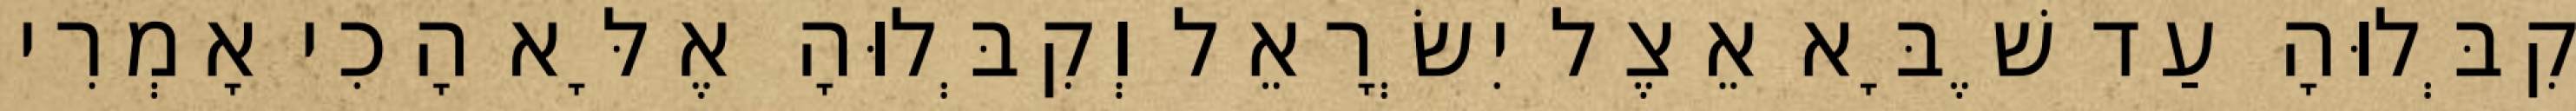
קִבְּלוּהָ עַד שֶׁבָּא אֵצֶל יִשְׂרָאֵל וְקִבְּלוּהָ אֶלָּא הָכִי אָמְרִי